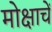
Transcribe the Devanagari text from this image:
मोक्षाचें